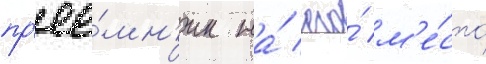
пр'ее́мн'ик на́ его́ м'е́сто